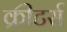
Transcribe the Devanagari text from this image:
क्रीटर्स